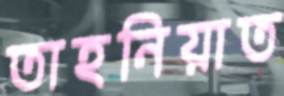
তাহনিয়াত